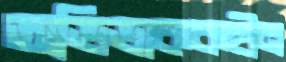
অভিভাককহীন